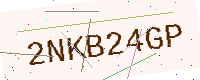
Text: 2NKB24GP